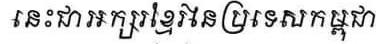
នេះជាអក្សរខ្មែរនៃប្រទេសកម្ពុជា